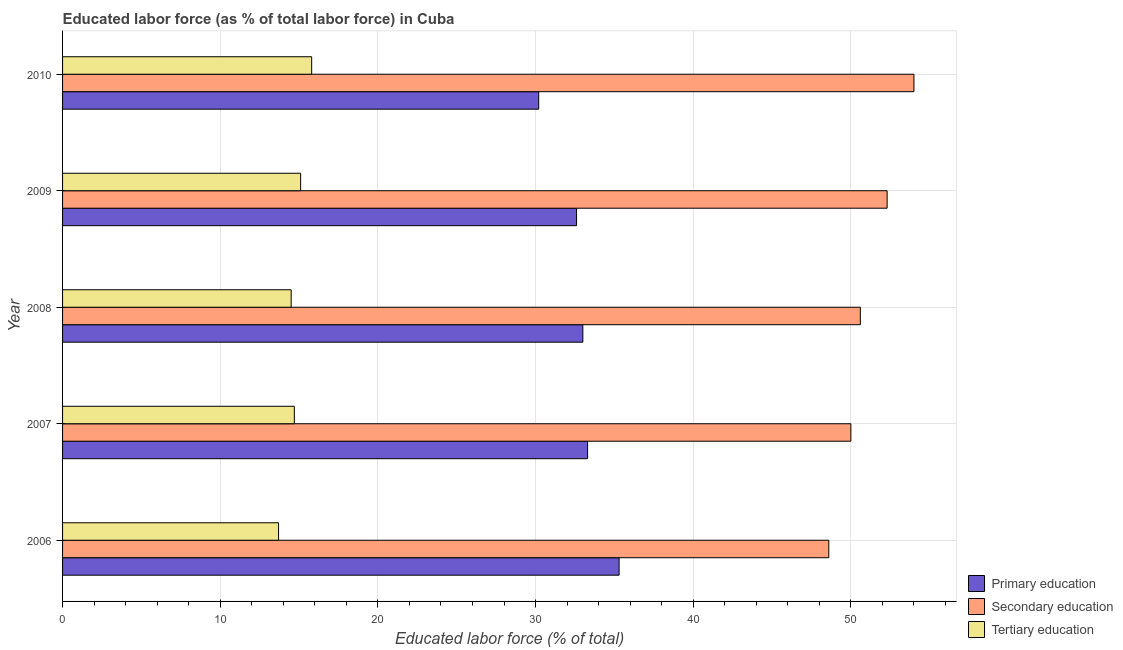
| Year | Primary education | Secondary education | Tertiary education |
 | --- | --- | --- | --- |
 | 2006 | 35.3 | 48.6 | 13.7 |
 | 2007 | 33.3 | 50 | 14.7 |
 | 2008 | 33 | 50.6 | 14.5 |
 | 2009 | 32.6 | 52.3 | 15.1 |
 | 2010 | 30.2 | 54 | 15.8 |